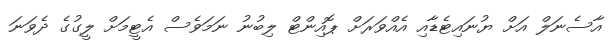
އާސެނަލް އަށް ޔުނައިޓެޑާއި އެއްވަރަށް ޕޮއިންޓް ލިބުނު ނަމަވެސް އެޓީމަށް ލީގުގެ ދެވަނަ